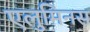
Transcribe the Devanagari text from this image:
एलुमिनस